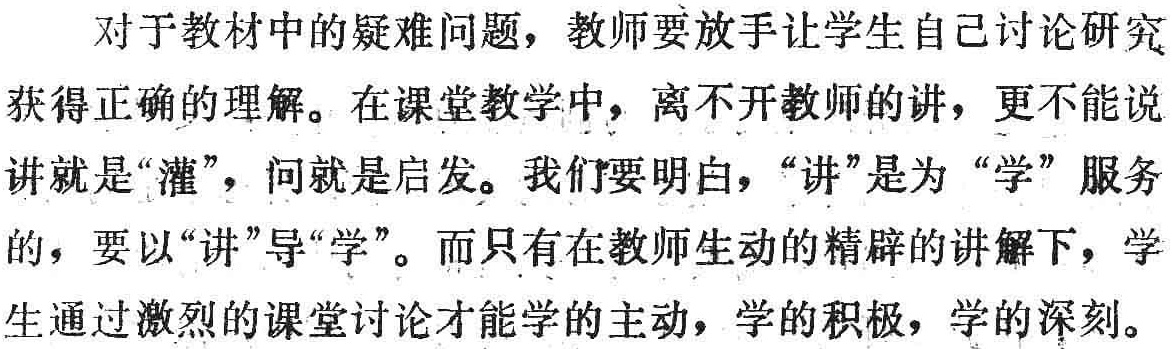
对于教材中的疑难问题，教师要放手让学生自己讨论研究获得正确的理解。在课堂教学中，离不开教师的讲，更不能说讲就是“灌”，问就是启发。我们要明白，“讲”是为“学”服务的，要以“讲”导“学”。而只有在教师生动的精辟的讲解下，学生通过激烈的课堂讨论才能学的主动，学的积极，学的深刻。